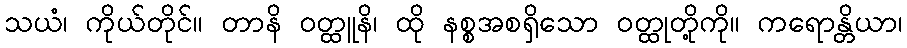
သယံ၊ ကိုယ်တိုင်။ တာနိ ဝတ္ထူနိ၊ ထို နစ္စအစရှိသော ဝတ္ထုတို့ကို။ ကရောန္တိယာ၊